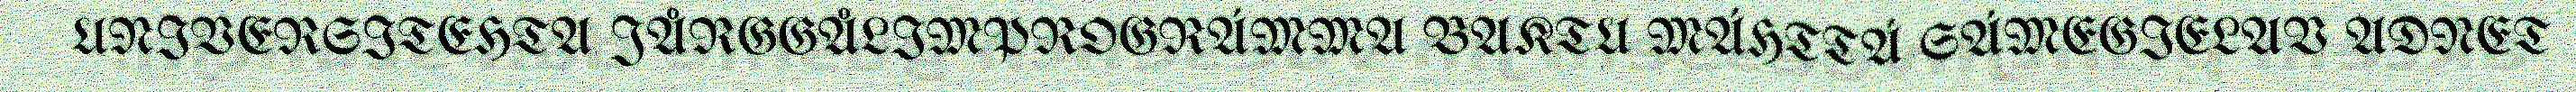
UNIVERSITEHTA JÅRGGÅLIMPROGRÁMMA BAKTU MÁHTTÁ SÁMEGIELAV ADNET